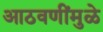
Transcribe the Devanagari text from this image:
आठवणींमुळे